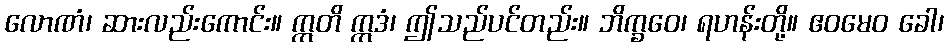
လောဏံ၊ ဆားလည်းကောင်း။ ဣတိ ဣဒံ၊ ဤသည်ပင်တည်း။ ဘိက္ခဝေ၊ ရဟန်းတို့။ ဧဝမေဝ ခေါ၊